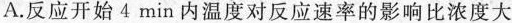
A.反应开始4min内温度对反应速率的影响比浓度大